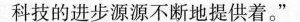
科技的进步源源不断地提供着。”